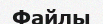
Файлы